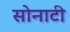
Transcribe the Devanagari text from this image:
सोनाटी